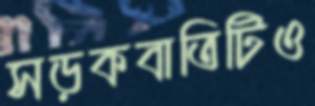
সড়কবাতিটিও